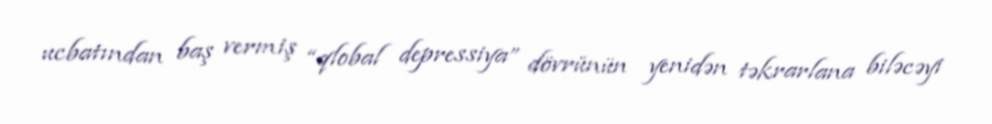
ucbatından baş vermiş “qlobal depressiya” dövrünün yenidən təkrarlana biləcəyi